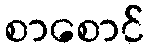
စာစောင်